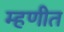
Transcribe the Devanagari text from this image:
म्हणीत